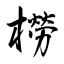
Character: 橯